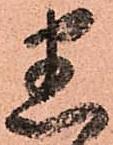
悉